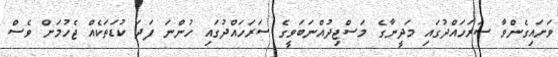
ވަށައިގެންވާ ސަރަހައްދުގައި މަދީނާގެ މަސްޖިދުއްނަބަވީގެ ސަރަހައްދުގައި ހުންނަ ފަދަ ކުޑަތަކެއް ޖެހުމަށް ވެސް